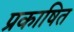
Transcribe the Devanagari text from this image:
प्रकाषित